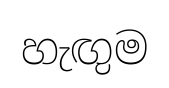
හැඟුම